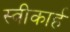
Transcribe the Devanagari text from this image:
स्वीकार्ह